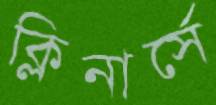
ক্লিনার্সে